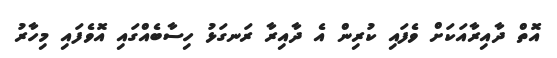
އޮތް ދާއިރާއަކަށް ވެފައި ކުރިން އެ ދާއިރާ ރަނގަޅު ހިސާބެއްގައި އޮވެފައި މިހާރު